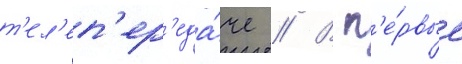
т'ел'еп'ер'еда́че // В п'е́рвые